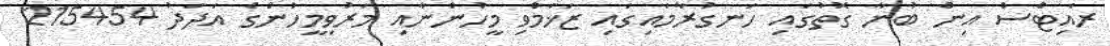
ރައިޓްސް އިން ބުނާ ގޮތުގައި ހަނގުރާމައިގައި ޒަޚަމްވި މީހުންނާއި މަރުވިމީހުންގެ އަދަދު 215454